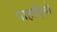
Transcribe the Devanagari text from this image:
पाहाड़ियो